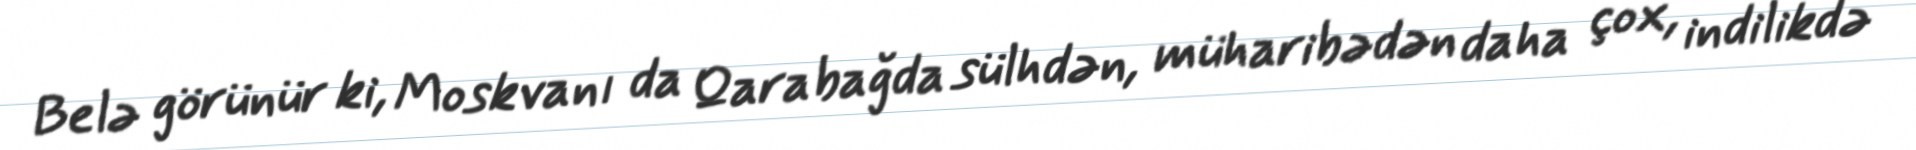
Belə görünür ki, Moskvanı da Qarabağda sülhdən, müharibədən daha çox, indilikdə